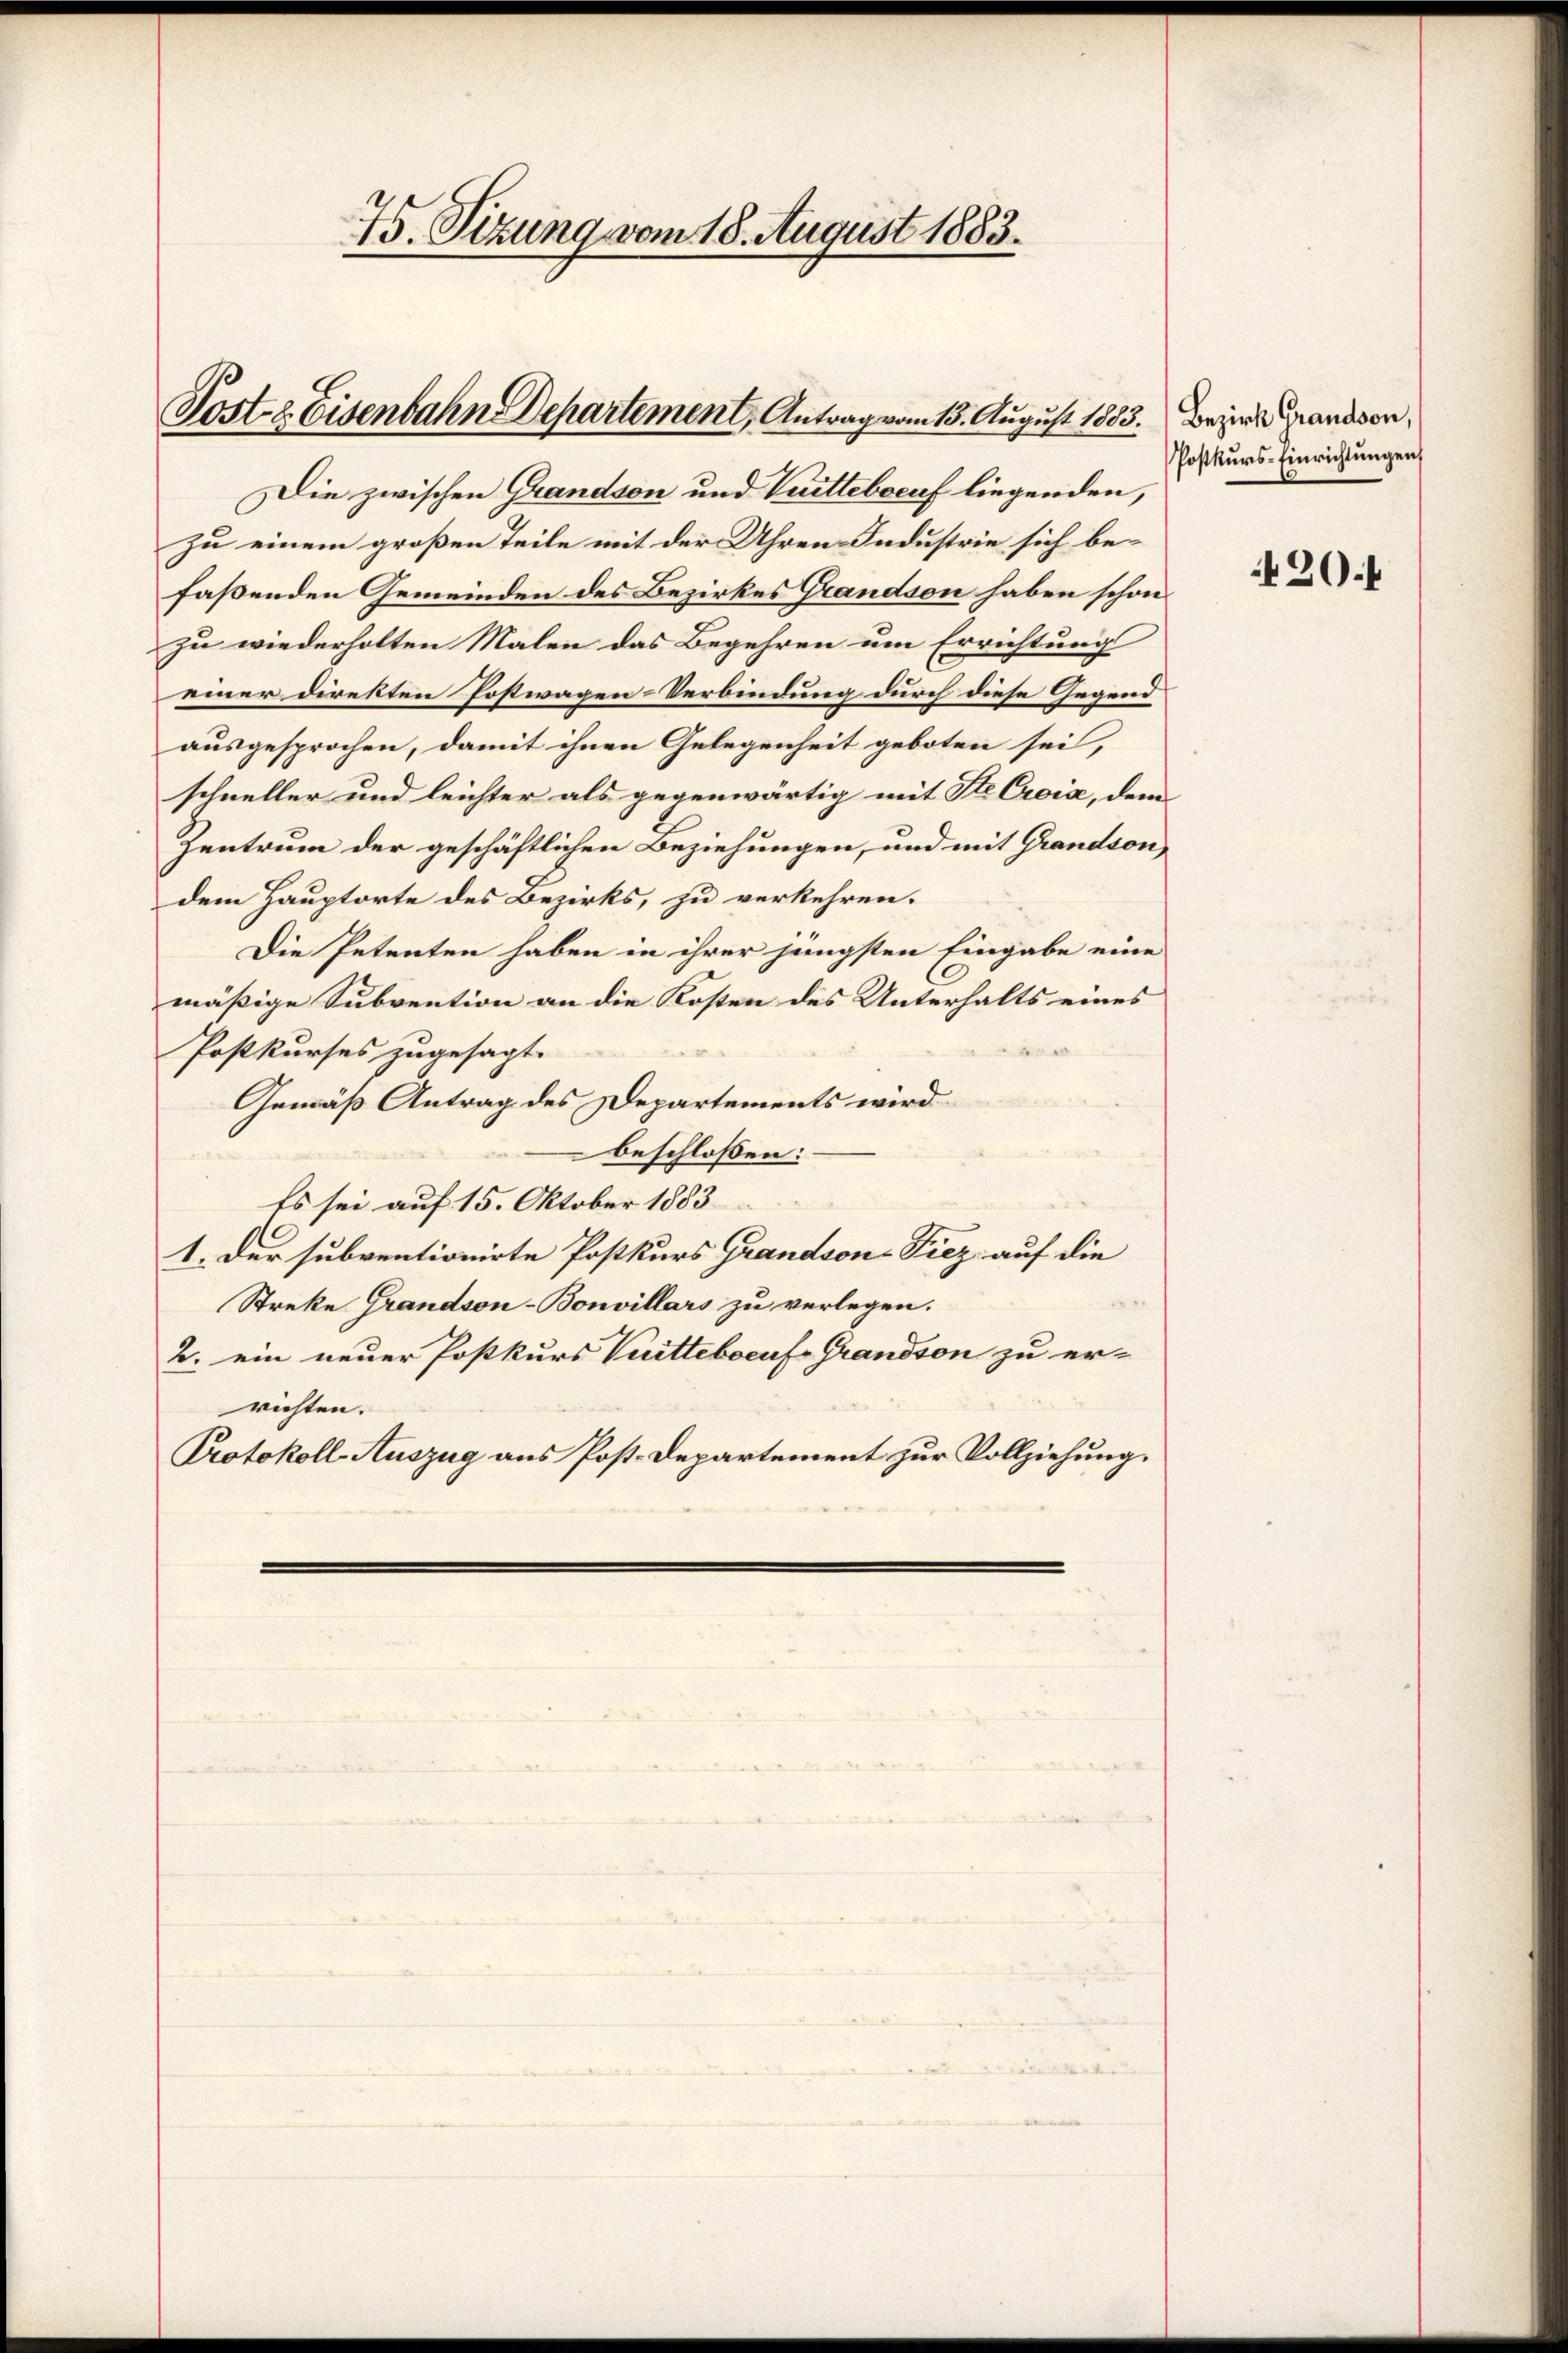
Poste Eisenbahn Departement, Antrag vom 13. August 1883. Beim Grandson,

75. Sitzung vom 18. August 1883.

Die zwischen Grandson und Vuitteberuf liegenden,
zu einem großen Teile mit der Uhren Industrie sich befaßenden Gemeinden des Bezirkes Grandson haben schon
zu wiederholten Malen das Begehren um Errichtungs
einer direkten Postwagen-Verbindung durch diese Gegend
ausgesprochen, damit ihnen Gelegenheit geboten sei,
schneller und leichter als gegenwärtig mit Ste Croix, dem
Zentrum der geschäftlichen Beziehungen, und mit Grandson,
dem Hauptorte des Bezirks, zu verkehren.
Die Petenten haben in ihrer jüngsten Eingabe eine
mäßige Subvention an die Kosten des Unterhalts eines
Postkurses zugesagt.
Gemäß Antrag des Departements wird
beschlossen:
Es sei auf 15. Oktober 1883
1. Der subventionirte Postkurs Grandson-Piez auf die
Streke Grandson-Bonvillars zu verlegen.
2. ein neuer Postkurs Vuittebocuf-Grandson zu er-
richten.
Protokoll-Auszug aus Post-Departement zur Vollziehung.

Postkurs-Einrichtungen

420.